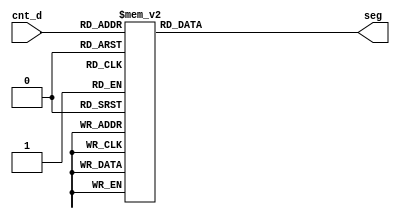
module led_d (
    input wire [4:0] cnt_d,
    output reg [13:0] seg  
);
always @(cnt_d)
begin
    case (cnt_d)
   // 0 : seg = 14'b0000001_0000001; // 00
        1 : seg = 14'b0000001_1001111; // 01
        2 : seg = 14'b0000001_0010010; // 02
        3 : seg = 14'b0000001_0000110; // 03
        4 : seg = 14'b0000001_1001100; // 04
        5 : seg = 14'b0000001_0100100; // 05
        6 : seg = 14'b0000001_0100000; // 06
        7 : seg = 14'b0000001_0001111; // 07
        8 : seg = 14'b0000001_0000000; // 08
        9 : seg = 14'b0000001_0000100; // 09
        10 : seg = 14'b1001111_0000001; // 10
        11 : seg = 14'b1001111_1001111; // 11
        12 : seg = 14'b1001111_0010010; // 12
        13 : seg = 14'b1001111_0000110; // 13
        14 : seg = 14'b1001111_1001100; // 14
        15 : seg = 14'b1001111_0100100; // 15
        16 : seg = 14'b1001111_0100000; // 16
        17 : seg = 14'b1001111_0001111; // 17
        18 : seg = 14'b1001111_0000000; // 18
        19 : seg = 14'b1001111_0000100; // 19
        20 : seg = 14'b0010010_0000001; // 20
        21 : seg = 14'b0010010_1001111; // 21
        22 : seg = 14'b0010010_0010010; // 22
        23 : seg = 14'b0010010_0000110; // 23
        24 : seg = 14'b0010010_1001100; // 24
        25 : seg = 14'b0010010_0100100; // 25
        26 : seg = 14'b0010010_0100000; // 26
        27 : seg = 14'b0010010_0001111; // 27
        28 : seg = 14'b0010010_0000000; // 28
        29 : seg = 14'b0010010_0000100; // 29
        30 : seg = 14'b0000110_0000001; // 30
        31 : seg = 14'b0000110_1001111; // 31
    default : seg = 14'b0000000_0000000; 
    endcase
end
endmodule